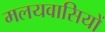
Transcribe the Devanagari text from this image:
मलयवासियों